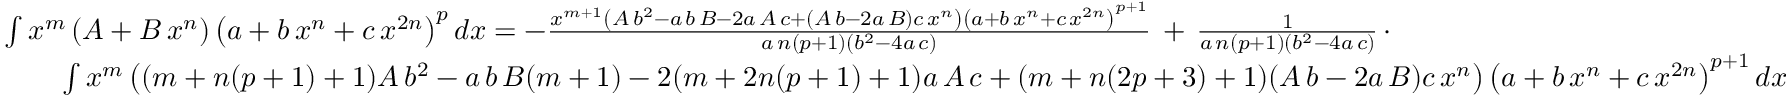
{ \begin{array} { r l } & { \int x ^ { m } \left( A + B \, x ^ { n } \right) \left( a + b \, x ^ { n } + c \, x ^ { 2 n } \right) ^ { p } d x = - { \frac { x ^ { m + 1 } \left( A \, b ^ { 2 } - a \, b \, B - 2 a \, A \, c + ( A \, b - 2 a \, B ) c \, x ^ { n } \right) \left( a + b \, x ^ { n } + c \, x ^ { 2 n } \right) ^ { p + 1 } } { a \, n ( p + 1 ) \left( b ^ { 2 } - 4 a \, c \right) } } \, + \, { \frac { 1 } { a \, n ( p + 1 ) \left( b ^ { 2 } - 4 a \, c \right) } } \, \cdot } \\ & { \qquad \int x ^ { m } \left( ( m + n ( p + 1 ) + 1 ) A \, b ^ { 2 } - a \, b \, B ( m + 1 ) - 2 ( m + 2 n ( p + 1 ) + 1 ) a \, A \, c + ( m + n ( 2 p + 3 ) + 1 ) ( A \, b - 2 a \, B ) c \, x ^ { n } \right) \left( a + b \, x ^ { n } + c \, x ^ { 2 n } \right) ^ { p + 1 } d x } \end{array} }